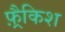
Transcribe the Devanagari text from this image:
फ़्रैकिश